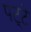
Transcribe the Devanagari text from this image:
पट्‍टे